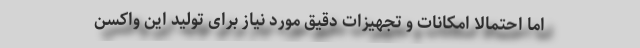
اما احتمالا امکانات و تجهیزات دقیق مورد نیاز برای تولید این واکسن